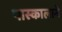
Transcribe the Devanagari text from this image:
पास्कालाने